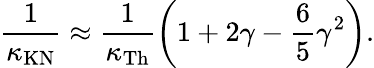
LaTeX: \frac{1}{\kappa_{\mathrm{KN}}}\approx\frac{1}{\kappa_{\mathrm{Th}}}\left(1+2\gamma-\frac{6}{5}\gamma^{2}\right).